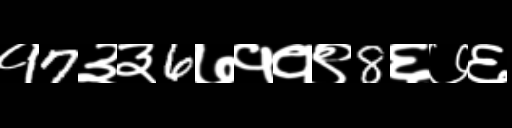
Text: १7३३6७११९8६७६